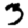
Digit: 3